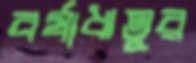
বর্ষাঋতুর